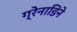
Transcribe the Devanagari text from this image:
ग्रेनाडिने